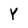
Character: Y